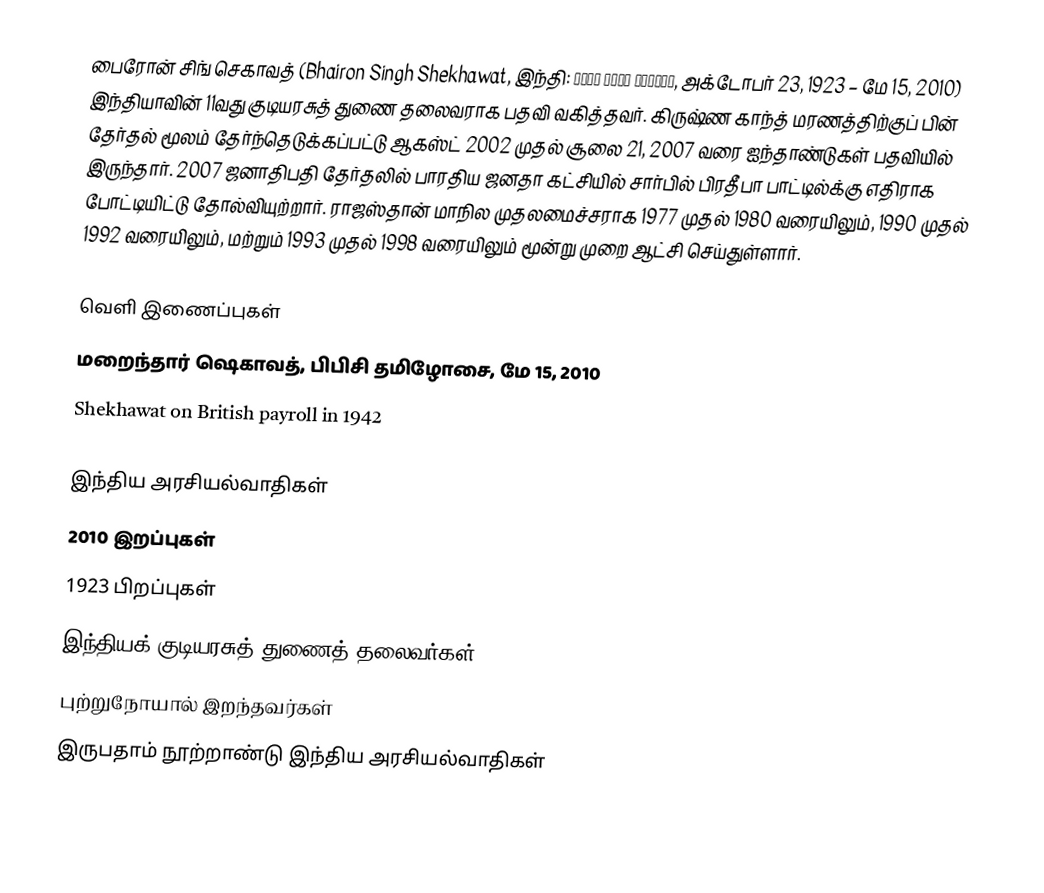
பைரோன் சிங் செகாவத் (Bhairon Singh Shekhawat, இந்தி: भैरो सिंह शेखावत, அக்டோபர் 23, 1923 – மே 15, 2010) இந்தியாவின் 11வது குடியரசுத் துணை தலைவராக பதவி வகித்தவர். கிருஷ்ண காந்த் மரணத்திற்குப் பின் தேர்தல் மூலம் தேர்ந்தெடுக்கப்பட்டு ஆகஸ்ட் 2002 முதல் சூலை 21, 2007 வரை ஐந்தாண்டுகள் பதவியில் இருந்தார். 2007 ஜனாதிபதி தேர்தலில் பாரதிய ஜனதா கட்சியில் சார்பில் பிரதீபா பாட்டில்க்கு எதிராக போட்டியிட்டு தோல்வியுற்றார். ராஜஸ்தான் மாநில முதலமைச்சராக 1977 முதல் 1980 வரையிலும், 1990 முதல் 1992 வரையிலும், மற்றும் 1993 முதல் 1998 வரையிலும் மூன்று முறை ஆட்சி செய்துள்ளார்.

வெளி இணைப்புகள்
மறைந்தார் ஷெகாவத், பிபிசி தமிழோசை, மே 15, 2010
Shekhawat on British payroll in 1942

இந்திய அரசியல்வாதிகள்
2010 இறப்புகள்
1923 பிறப்புகள்
இந்தியக் குடியரசுத் துணைத் தலைவர்கள்
புற்றுநோயால் இறந்தவர்கள்
இருபதாம் நூற்றாண்டு இந்திய அரசியல்வாதிகள்